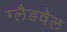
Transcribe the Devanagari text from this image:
ग्लैडवेल